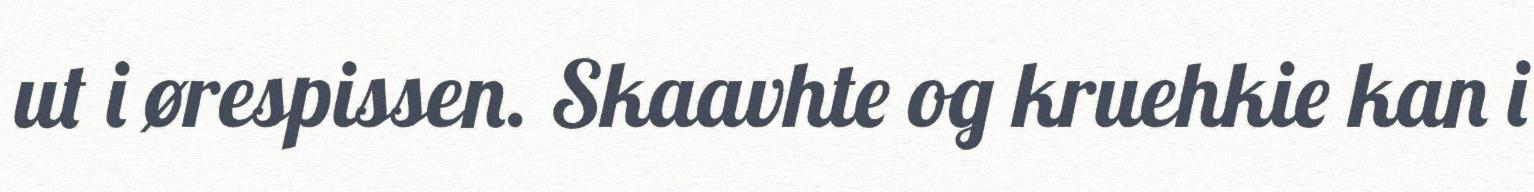
ut i ørespissen. Skaavhte og kruehkie kan i